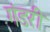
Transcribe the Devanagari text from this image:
गंडरी